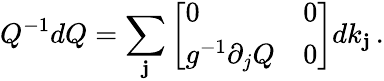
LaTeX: Q^{-1}dQ=\sum_{\mathbf{j}}\left[\begin{array}{ll}{0}&{0}\\ {g^{-1}\partial_{j}Q}&{0}\end{array}\right]dk_{\mathbf{j}}\, .